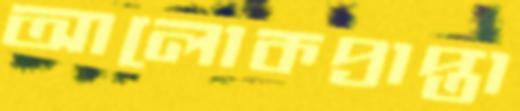
আলোকপ্রাপ্তা